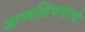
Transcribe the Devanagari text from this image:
जन्मदिवसाचे